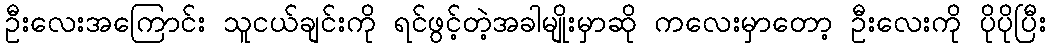
ဦးလေးအကြောင်း သူငယ်ချင်းကို ရင်ဖွင့်တဲ့အခါမျိုးမှာဆို ကလေးမှာတော့ ဦးလေးကို ပိုပိုပြီး